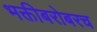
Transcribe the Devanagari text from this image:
भक्तीबरोबरच